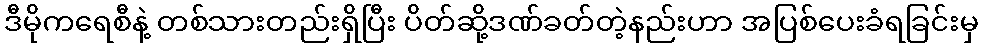
ဒီမိုကရေစီနဲ့ တစ်သားတည်းရှိပြီး ပိတ်ဆို့ဒဏ်ခတ်တဲ့နည်းဟာ အပြစ်ပေးခံရခြင်းမှ